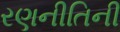
રણનીતિની